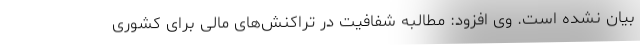
بیان نشده است. وی افزود: مطالبه شفافیت در تراکنش‌های مالی برای کشوری